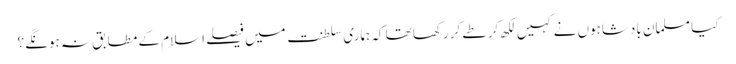
کیا مسلمان بادشاہوں نے کہیں لکھ کر طے کررکھا تھا کہ ہماری سلطنت میں فیصلے اسلام کے مطابق نہ ہونگے؟